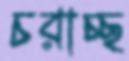
চরাচ্ছ